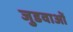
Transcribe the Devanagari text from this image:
जुडवाओं